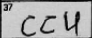
Transcription: CCU